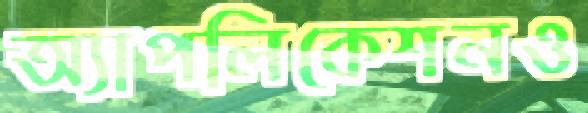
অ্যাপলিকেশনও